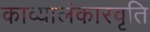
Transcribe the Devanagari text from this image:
काव्यालंकारवृति